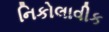
નિકોલાવીક